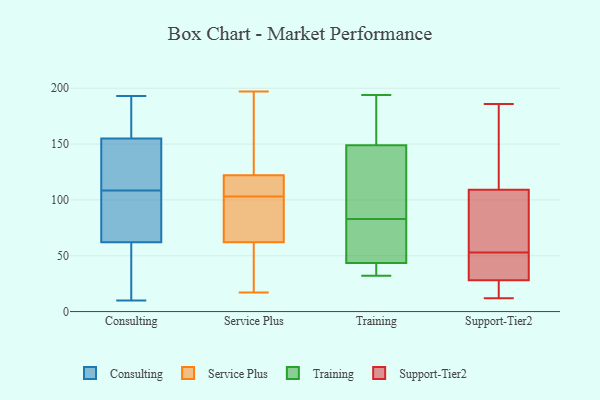
{"axis": {"x": "Conversion Rate (%)", "y": "Value"}, "legend": ["Consulting", "Service Plus", "Support-Tier2", "Training"], "data": [{"x": "", "y": 25, "type": "Consulting"}, {"x": "", "y": 141, "type": "Consulting"}, {"x": "", "y": 73, "type": "Consulting"}, {"x": "", "y": 62, "type": "Consulting"}, {"x": "", "y": 111, "type": "Consulting"}, {"x": "", "y": 54, "type": "Consulting"}, {"x": "", "y": 106, "type": "Consulting"}, {"x": "", "y": 78, "type": "Consulting"}, {"x": "", "y": 155, "type": "Consulting"}, {"x": "", "y": 73, "type": "Consulting"}, {"x": "", "y": 10, "type": "Consulting"}, {"x": "", "y": 169, "type": "Consulting"}, {"x": "", "y": 162, "type": "Consulting"}, {"x": "", "y": 161, "type": "Consulting"}, {"x": "", "y": 20, "type": "Consulting"}, {"x": "", "y": 193, "type": "Consulting"}, {"x": "", "y": 115, "type": "Consulting"}, {"x": "", "y": 122, "type": "Consulting"}, {"x": "", "y": 17, "type": "Service Plus"}, {"x": "", "y": 197, "type": "Service Plus"}, {"x": "", "y": 97, "type": "Service Plus"}, {"x": "", "y": 62, "type": "Service Plus"}, {"x": "", "y": 56, "type": "Service Plus"}, {"x": "", "y": 120, "type": "Service Plus"}, {"x": "", "y": 88, "type": "Service Plus"}, {"x": "", "y": 142, "type": "Service Plus"}, {"x": "", "y": 122, "type": "Service Plus"}, {"x": "", "y": 109, "type": "Service Plus"}, {"x": "", "y": 67, "type": "Training"}, {"x": "", "y": 155, "type": "Training"}, {"x": "", "y": 39, "type": "Training"}, {"x": "", "y": 45, "type": "Training"}, {"x": "", "y": 147, "type": "Training"}, {"x": "", "y": 129, "type": "Training"}, {"x": "", "y": 155, "type": "Training"}, {"x": "", "y": 194, "type": "Training"}, {"x": "", "y": 170, "type": "Training"}, {"x": "", "y": 130, "type": "Training"}, {"x": "", "y": 103, "type": "Training"}, {"x": "", "y": 33, "type": "Training"}, {"x": "", "y": 57, "type": "Training"}, {"x": "", "y": 32, "type": "Training"}, {"x": "", "y": 74, "type": "Training"}, {"x": "", "y": 36, "type": "Training"}, {"x": "", "y": 83, "type": "Training"}, {"x": "", "y": 186, "type": "Support-Tier2"}, {"x": "", "y": 100, "type": "Support-Tier2"}, {"x": "", "y": 28, "type": "Support-Tier2"}, {"x": "", "y": 143, "type": "Support-Tier2"}, {"x": "", "y": 94, "type": "Support-Tier2"}, {"x": "", "y": 109, "type": "Support-Tier2"}, {"x": "", "y": 50, "type": "Support-Tier2"}, {"x": "", "y": 41, "type": "Support-Tier2"}, {"x": "", "y": 20, "type": "Support-Tier2"}, {"x": "", "y": 26, "type": "Support-Tier2"}, {"x": "", "y": 48, "type": "Support-Tier2"}, {"x": "", "y": 56, "type": "Support-Tier2"}, {"x": "", "y": 163, "type": "Support-Tier2"}, {"x": "", "y": 24, "type": "Support-Tier2"}, {"x": "", "y": 12, "type": "Support-Tier2"}, {"x": "", "y": 166, "type": "Support-Tier2"}, {"x": "", "y": 41, "type": "Support-Tier2"}, {"x": "", "y": 73, "type": "Support-Tier2"}]}